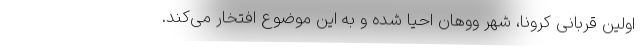
اولین قربانی کرونا، شهر ووهان احیا شده و به این موضوع افتخار می‌کند.